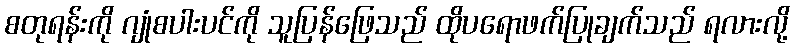
စတုရန်းကို ဂျုံစပါးပင်ကို သူပြန်ဖြေသည် ထိုပရောဖက်ပြုချက်သည် ရလားလို့